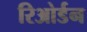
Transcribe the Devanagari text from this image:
रिओर्डन